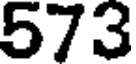
573